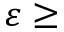
\varepsilon \geq